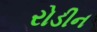
રોડીન